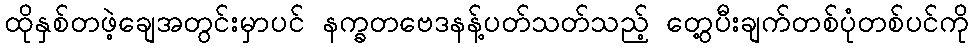
ထိုနှစ်တဖဲ့ချေအတွင်းမှာပင် နက္ခတဗေဒနန့်ပတ်သတ်သည့် တွေ့ပီးချက်တစ်ပုံတစ်ပင်ကို